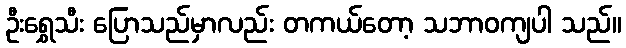
ဦးရွှေသီး ပြောသည်မှာလည်း တကယ်တော့ သဘာဝကျပါ သည်။